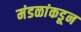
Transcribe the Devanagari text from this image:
मंडळांकडून